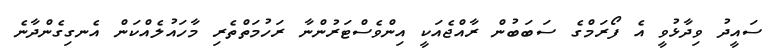
ސައީދު ވިދާޅުވީ އެ ފޯރަމްގެ ސަބަބުން ރާއްޖެއަކީ އިންވެސްޓަރުންނާ ރަހުމަތްތެރި މާހައުލެއްކަން އެނގިގެންދާނެ